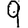
Digit: 9